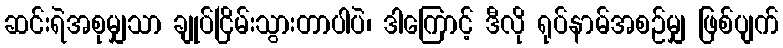
ဆင်းရဲအစုမျှသာ ချုပ်ငြိမ်းသွားတာပါပဲ၊ ဒါကြောင့် ဒီလို ရုပ်နာမ်အစဉ်မျှ ဖြစ်ပျက်